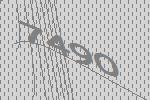
7490